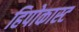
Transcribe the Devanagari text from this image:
हिपोकास्ट